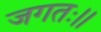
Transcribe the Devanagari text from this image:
जगतः।।